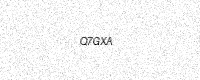
Text: Q7GXA